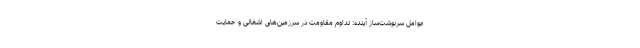
عوامل سرنوشت‌ساز آینده: تداوم مقاومت در سرزمین‌های اشغالی و حمایت